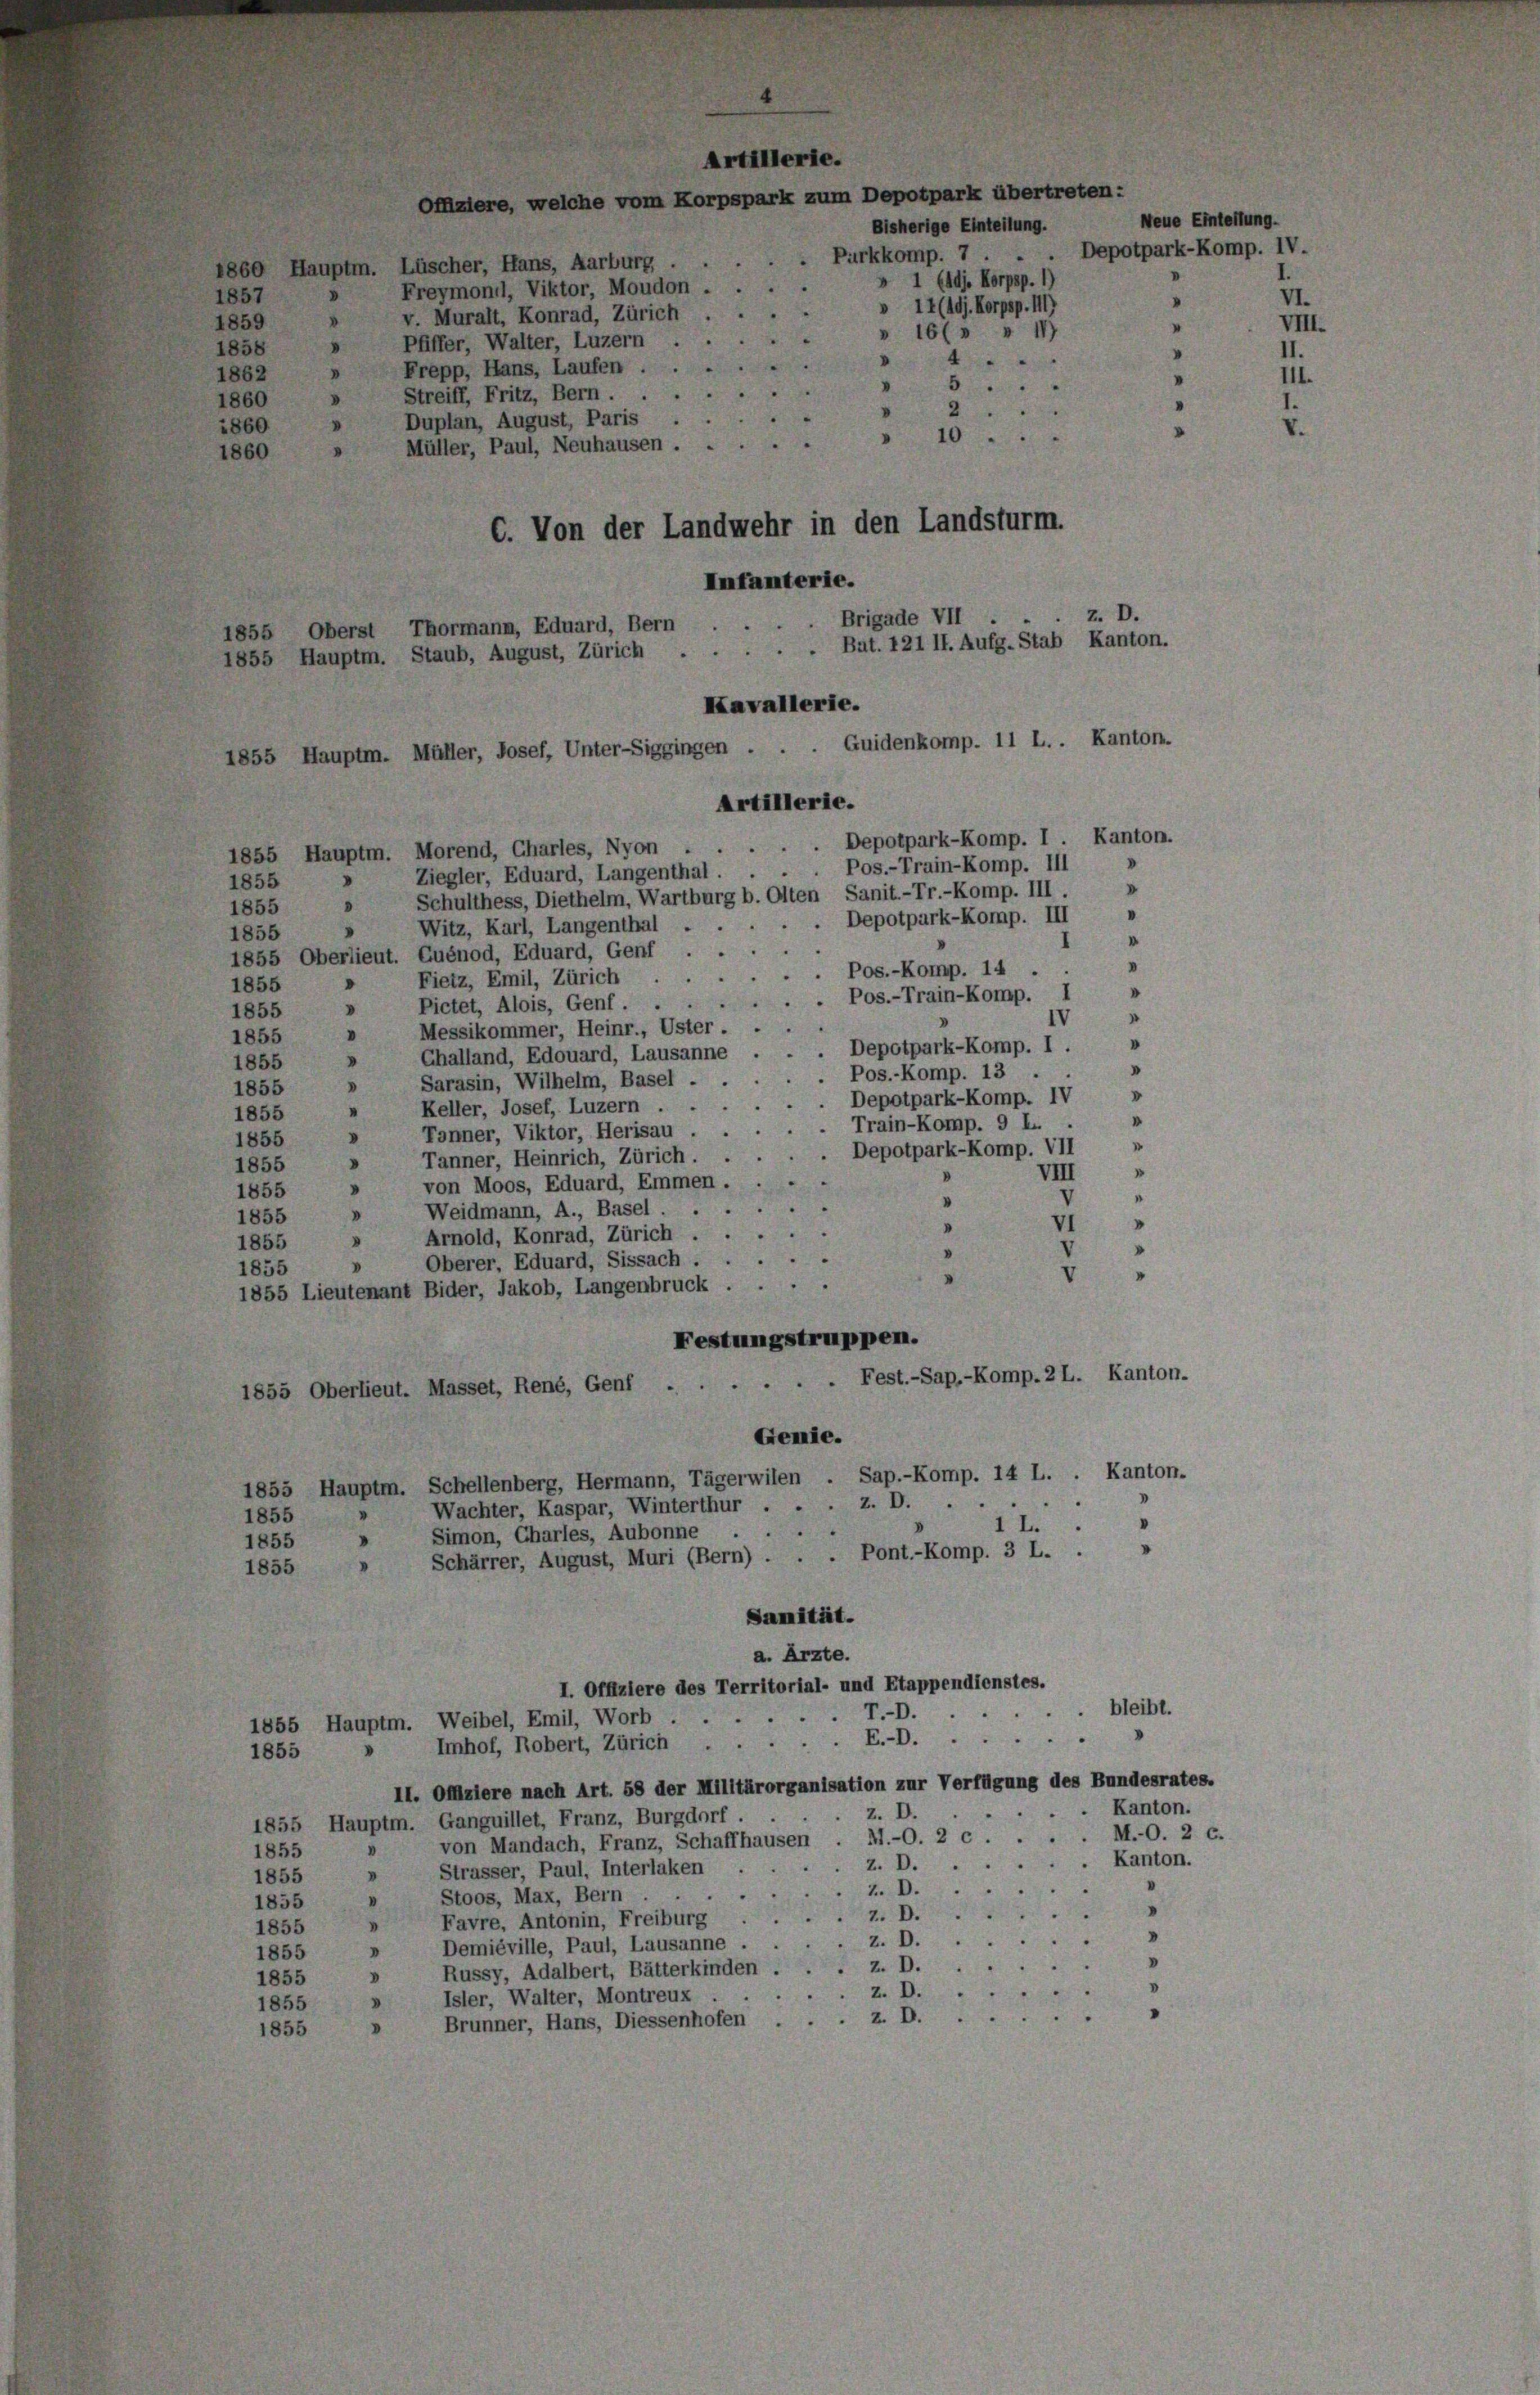
1855, Oberst Thormann, Eduard, Bern
1855 Hauptm. Staub, August, Zürich

857
d
859
858
..
»
862
5
"
860 »
2...
"
860
1860
Infanterie.
Brigade VII .
. Bat. 121 II. Aufg. Stab Kanton.
Guidenkomp. 11 L.. Kanton.
Depotpark-Komp. I. Kanton.
1855 Hauptm. Morend, Charles, Nyon
"
Ziegler, Eduard, Langenthal . . . . Pos.-Train-Komp. III
1855
V
1855 » Schulthess, Diethelm, Wartburg b. Olten Sanit.-Tr.-Komp. III.
Witz, Karl, Langenthal . . . . . Depotpark-Komp. III »
1855
I
1855 Oberlieut. Quénod, Eduard, Genf . .
v
. Pos.-Komp. 14
Fietz, Emil, Zürich
1855
V
.. Pos.-Train-Komp. I
Pictet, Alois, Genf ...
1855 »
IV
» Messikommer, Heinr., Uster.
1855
"
". Depotpark-Komp. I.
Challand, Edouard, Lausanne
1855
n
. Pos.-Komp. 13.
1855 » Sarasin, Wilhelm, Basel .
.
 Depotpark-Komp. IV
Keller, Josef, Luzern . .
"
1855
Train-Komp. 9 L.
.
Tonner, Viktor, Herisau.
"
1855
m
 Depotpark-Komp. VII
Tanner, Heinrich, Zürich.
.
1855
VIII
"
von Moos, Eduard, Emmen.
1855
.
"
Weidmann, A., Basel . .
1855
"
VI
"
Arnold, Konrad, Zürich . .
1855 »
Oberer, Eduard, Sissach ...
v
1855
"
1855 Lieutenant Bider, Jakob, Langenbruck
Festungstruppen.
Fest.-Sap.-Komp. 2 L. Kanton-
1855 Oberlieut. Masset, René, Genf .
Gemie.
1855 Hauptm. Schellenberg, Hermann, Tägerwilen . Sap.-Komp. 14 L. . Kanton-
Wachter, Kaspar, Winterthur . . . z. D.
1855
1 L.
Simon, Charles, Aubonne . .
"
1855
"
» Schärrer, August, Muri (Bern) . . . Pont.-Komp. 3 L. .
1855
Sanität.
a. Ärzte.
I. Offiziere des Territorial- und Etappendienstes.
bleibt.
r.-O.
1855 Hauptm. Weibel, Emil, Worb.
E.-D.
3
Imhof, Robert, Zürich
1855
II. Offiziere nach Art. 58 der Militärorganisation zur Verfügung des Bundesrates.
Kanton.
z. D.
1855 Hauptm. Ganguillet, Franz, Burgdorf . .
M.-O. 2 c.
von Mandach, Franz, Schaffhausen . M1.-O. 2 c.
d
1855
Kanton.
z. D.
Strasser, Paul, Interlaken
"
1855
z. D.
Stoos, Max, Bern
"
1855
"
2. D
Favre, Antonin, Freiburg.
v
1855
"
z. D.
Demiéville, Paul, Lausanne,
"
1855
.
z. D.
Russy, Adalbert, Bätterkinden .
V
1855
v
z. D.
Isler, Walter, Montreux.
d
1855
z. D.
Brunner, Hans, Diessenhofen
1855

» Freymoni, Viktor, Moudon .
v. Muralt, Konrad, Zürich
 Pfiffer, Walter, Luzern
Frepp, Hans, Laufen ...
Streiff, Fritz, Bern ...
Duplan, August, Paris
Müller, Paul, Neuhausen.
C. Von der Landwehr in den Landsturm.

“
Kavallerie.
1855 Hauptm. Müller, Josef, Unter-Siggingen .
Artillerie.

860 Hauptm. Lüscher, Hans, Aarburg .

erie.

k zum Depotpark übertreten:
Bisherige Einteilung.
Purkkomp. 7 . . . Depotpark-Komp. 1
» 1 (die Korpsp. 1)
» 11 (Adj. Korpsp. 111)
» 167. " 1
"

10.
v

Neue Einteilung.
V
VI
"

z. D.